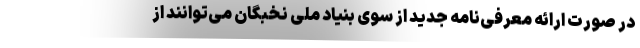
در صورت ارائه معرفی‌نامه جدید از سوی بنیاد ملی نخبگان می‌توانند از